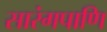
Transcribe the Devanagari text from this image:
सारंगपाणि